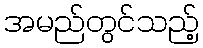
အမည်တွင်သည့်